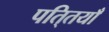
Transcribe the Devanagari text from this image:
पति्तयाँ